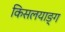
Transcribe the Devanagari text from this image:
किसलयाङ्ग